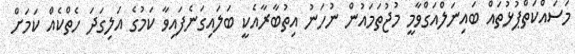
މަސައްކަތްޕުޅުތައް ބައިނަލްއަގްވާމީ މުޖުތަމައުން ނުހަނު އިތުބާރާއެކީ ބަލައިގަނެފައިވާ ކަމުގެ އަލިގަދަ ހެތްކެއް ކަމަށް